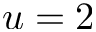
u = 2